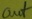
Text: out